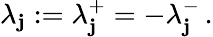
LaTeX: \lambda_{\mathbf{j}}:=\lambda_{\mathbf{j}}^{+}=-\lambda_{\mathbf{j}}^{-}\, .